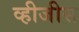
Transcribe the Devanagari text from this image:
व्हीजीस